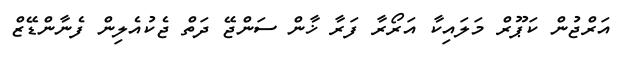
އަރްޖުން ކަޕޫރް މަލައިކާ އަރޯރާ ފަރާ ޚާން ސަންޖޭ ދަތް ޖެކުއެލިން ފެނާންޑޭޒް